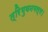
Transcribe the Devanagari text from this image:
त्रिभुवनमल्ल।